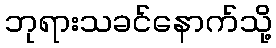
ဘုရားသခင်နောက်သို့